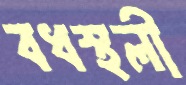
বধস্থলী